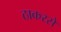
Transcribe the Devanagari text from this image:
ठाकरसे